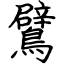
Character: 鷿